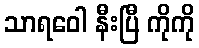
သာရဝေါ နီးပြီ ကိုကို